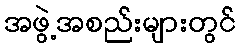
အဖွဲ့အစည်းများတွင်